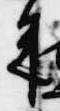
来